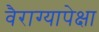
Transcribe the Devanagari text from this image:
वैराग्यापेक्षा